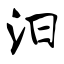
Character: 汨